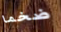
ضخما